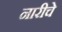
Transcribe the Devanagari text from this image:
नारीचे